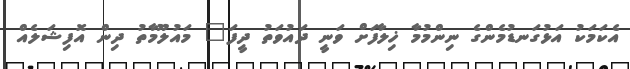
އެކަމަކު އަޅުގަނޑުމެންގެ ނިންމުމާ ޚިލާފަށް ވަނީ ދައުވަތު ދީފަ" މައުލޫމާތު ދިން އޮފިޝަލެއް